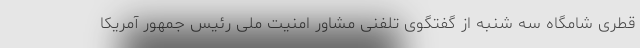
قطری شامگاه سه شنبه از گفتگوی تلفنی مشاور امنیت ملی رئیس جمهور آمریکا